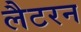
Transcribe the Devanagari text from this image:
लैटरन